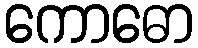
ကောဓော